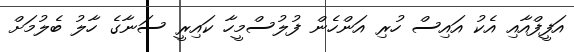
އަފީފްއާއި އެކު އައިސް ހުރި އަންހެން ފުލުސްމީހާ ކައިރީ ސަނާގެ ހާލު ބެލުމަށް